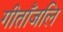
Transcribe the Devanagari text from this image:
गीताँजलि